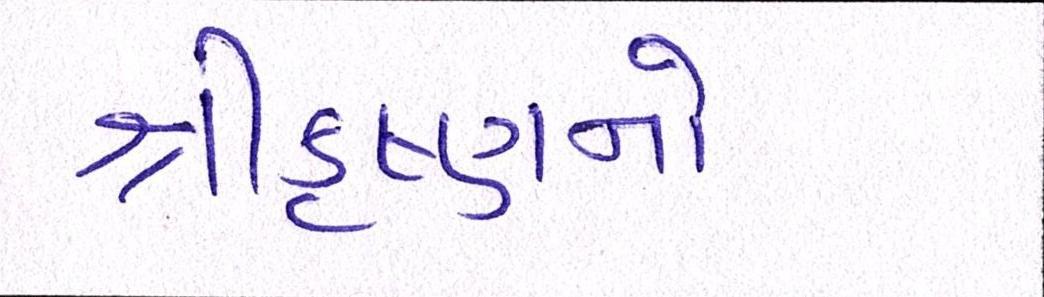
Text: શ્રીકૃષ્ણનો